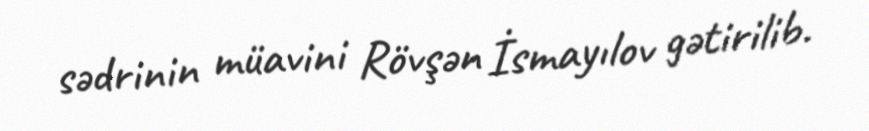
sədrinin müavini Rövşən İsmayılov gətirilib.